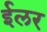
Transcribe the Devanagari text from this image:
ईलर